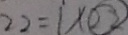
2 2 = 1 \times \textcircled { 2 2 }